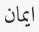
ایمان